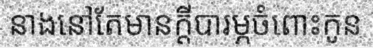
នាងនៅតែមានក្តីបារម្ភចំពោះកូន